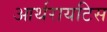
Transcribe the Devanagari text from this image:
आर्थरायटिस